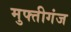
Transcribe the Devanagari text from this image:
मुफ्तीगंज